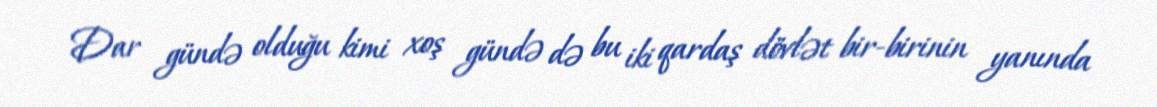
Dar gündə olduğu kimi xoş gündə də bu iki qardaş dövlət bir-birinin yanında